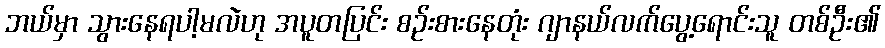
ဘယ်မှာ သွားနေရပါ့မလဲဟု အပူတပြင်း စဉ်းစားနေတုံး ဂျာနယ်လက်ပွေ့ရောင်းသူ တစ်ဦး၏